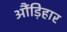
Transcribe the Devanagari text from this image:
औंड़िहार